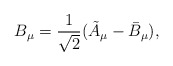
\begin{align*}B_{\mu}=\frac{1}{\sqrt{2}}(\tilde{A}_{\mu} - \bar{B}_{\mu}),\end{align*}